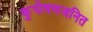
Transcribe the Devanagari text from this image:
कुपोषणजनित